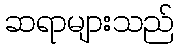
ဆရာများသည်